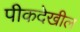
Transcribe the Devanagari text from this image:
पीकदेखील